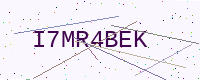
Text: I7MR4BEK